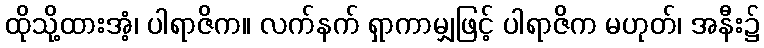
ထိုသို့ထားအံ့၊ ပါရာဇိက။ လက်နက် ရှာကာမျှဖြင့် ပါရာဇိက မဟုတ်၊ အနီး၌